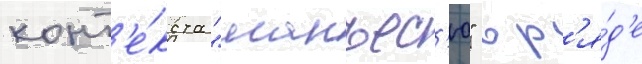
конт'е́кста "манъес'ю" в р'я́д'е